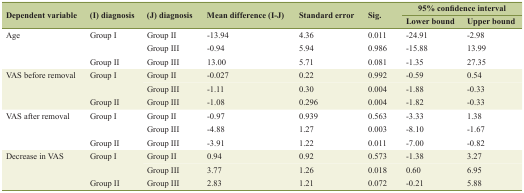
<table><thead><tr><td rowspan="2"><b>Dependent variable</b></td><td rowspan="2"><b>(I) diagnosis</b></td><td rowspan="2"><b>(J) diagnosis</b></td><td rowspan="2"><b>Mean difference (I-J)</b></td><td rowspan="2"><b>Standard error</b></td><td rowspan="2"><b>Sig.</b></td><td colspan="2"><b>95% confidence interval</b></td></tr><tr><td><b>Lower bound</b></td><td><b>Upper bound</b></td></tr></thead><tbody><tr><td rowspan="3">Age</td><td rowspan="2">Group I</td><td>Group II</td><td>-13.94</td><td>4.36</td><td>0.011</td><td>-24.91</td><td>-2.98</td></tr><tr><td>Group III</td><td>-0.94</td><td>5.94</td><td>0.986</td><td>-15.88</td><td>13.99</td></tr><tr><td>Group II</td><td>Group III</td><td>13.00</td><td>5.71</td><td>0.081</td><td>-1.35</td><td>27.35</td></tr><tr><td rowspan="3">VAS before removal</td><td rowspan="2">Group I</td><td>Group II</td><td>-0.027</td><td>0.22</td><td>0.992</td><td>-0.59</td><td>0.54</td></tr><tr><td>Group III</td><td>-1.11</td><td>0.30</td><td>0.004</td><td>-1.88</td><td>-0.33</td></tr><tr><td>Group II</td><td>Group III</td><td>-1.08</td><td>0.296</td><td>0.004</td><td>-1.82</td><td>-0.33</td></tr><tr><td rowspan="3">VAS after removal</td><td rowspan="2">Group I</td><td>Group II</td><td>-0.97</td><td>0.939</td><td>0.563</td><td>-3.33</td><td>1.38</td></tr><tr><td>Group III</td><td>-4.88</td><td>1.27</td><td>0.003</td><td>-8.10</td><td>-1.67</td></tr><tr><td>Group II</td><td>Group III</td><td>-3.91</td><td>1.22</td><td>0.011</td><td>-7.00</td><td>-0.82</td></tr><tr><td rowspan="3">Decrease in VAS</td><td rowspan="2">Group I</td><td>Group II</td><td>0.94</td><td>0.92</td><td>0.573</td><td>-1.38</td><td>3.27</td></tr><tr><td>Group III</td><td>3.77</td><td>1.26</td><td>0.018</td><td>0.60</td><td>6.95</td></tr><tr><td>Group II</td><td>Group III</td><td>2.83</td><td>1.21</td><td>0.072</td><td>-0.21</td><td>5.88</td></tr></tbody></table>